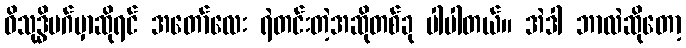
ဝိသုဒ္ဓိမဂ်မှာဆိုရင် အတော်လေး ရဲတင်းတဲ့အဆိုတစ်ခု ပါပါတယ်။ အဲဒါ ဘာလဲဆိုတော့